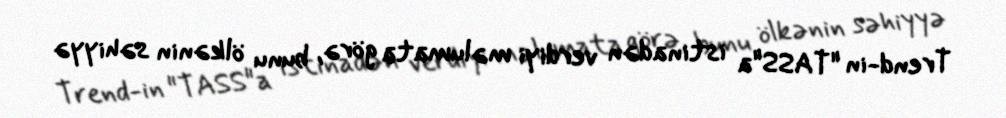
Trend-in "TASS"a istinadən verdiyi məlumata görə, bunu ölkənin səhiyyə